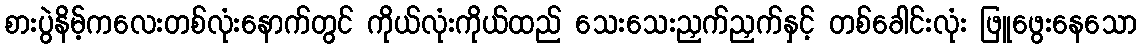
စားပွဲနိမ့်ကလေးတစ်လုံးနောက်တွင် ကိုယ်လုံးကိုယ်ထည် သေးသေးညှက်ညှက်နှင့် တစ်ခေါင်းလုံး ဖြူဖွေးနေသော